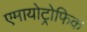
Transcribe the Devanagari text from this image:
एमायोट्रोफिक